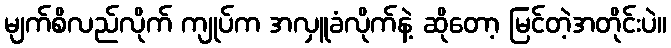
မျက်စိလည်လိုက် ကျုပ်က အလှူခံလိုက်နဲ့ ဆိုတော့ မြင်တဲ့အတိုင်းပဲ။